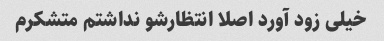
خیلی زود آورد اصلا انتظارشو نداشتم متشکرم